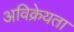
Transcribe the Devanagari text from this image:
अविक्रेयता